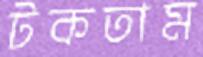
টকতাম